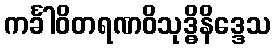
ကင်္ခါဝိတရဏဝိသုဒ္ဓိနိဒ္ဒေသ